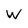
Character: W